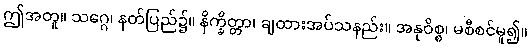
ဤအတူ။ သဂ္ဂေ၊ နတ်ပြည်၌။ နိက္ခိတ္တာ၊ ချထားအပ်သနည်း။ အနုဝိစ္စ၊ မစီစင်မူ၍။